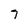
Character: 7